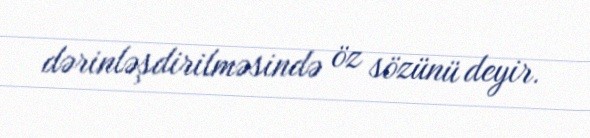
dərinləşdirilməsində öz sözünü deyir.